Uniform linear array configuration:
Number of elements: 16
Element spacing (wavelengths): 1
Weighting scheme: cosine
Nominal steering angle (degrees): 45
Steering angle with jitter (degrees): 46.552
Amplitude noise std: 0.05
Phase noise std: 0.05

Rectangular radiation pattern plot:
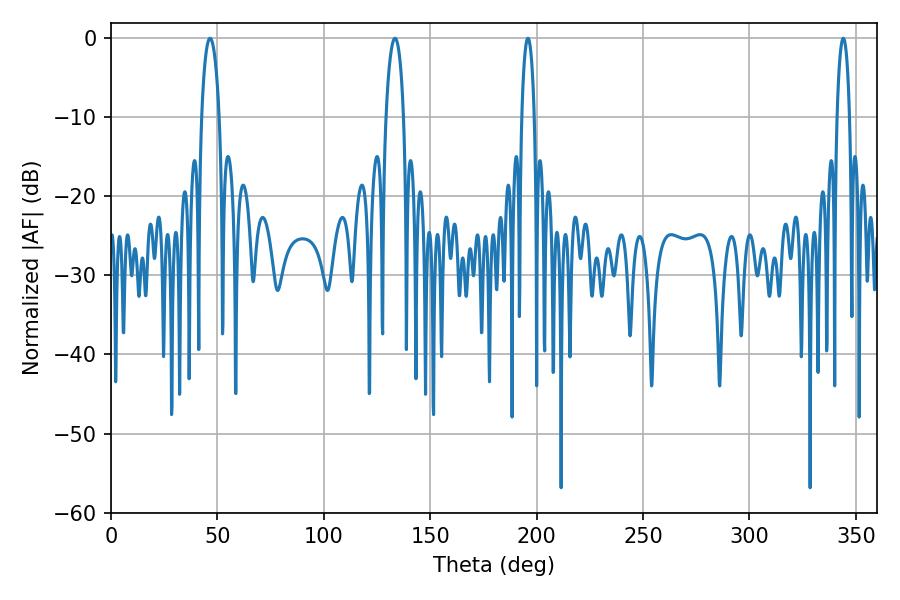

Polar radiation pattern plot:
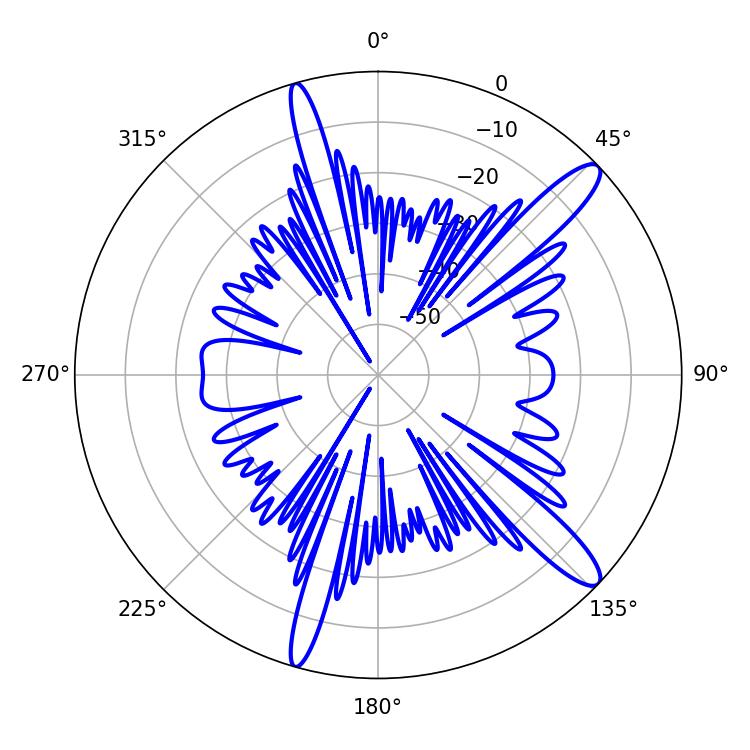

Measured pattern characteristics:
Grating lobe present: TRUE
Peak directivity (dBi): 13.17
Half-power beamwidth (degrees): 4.68
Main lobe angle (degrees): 46.62